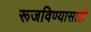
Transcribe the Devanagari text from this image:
रूजविण्यासाठी